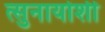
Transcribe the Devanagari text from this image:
त्सुनायोशी